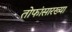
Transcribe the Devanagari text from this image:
तोफांसारख्या